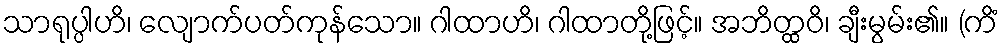
သာရုပ္ပါဟိ၊ လျောက်ပတ်ကုန်သော။ ဂါထာဟိ၊ ဂါထာတို့ဖြင့်။ အဘိတ္ထဝိ၊ ချီးမွမ်း၏။ (ကိံ